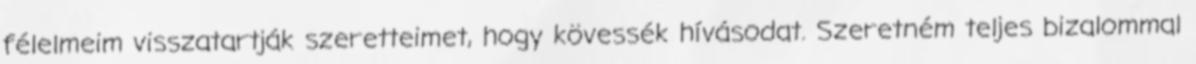
félelmeim visszatartják szeretteimet, hogy kövessék hívásodat. Szeretném teljes bizalommal